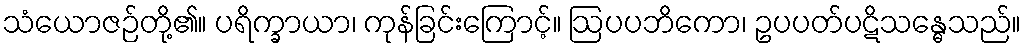
သံယောဇဉ်တို့၏။ ပရိက္ခာယာ၊ ကုန်ခြင်းကြောင့်။ ဩပပဘိကော၊ ဥပပတ်ပဋိသန္ဓေသည်။